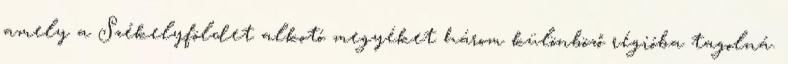
amely a Székelyföldet alkotó megyéket három különböző régióba tagolná.